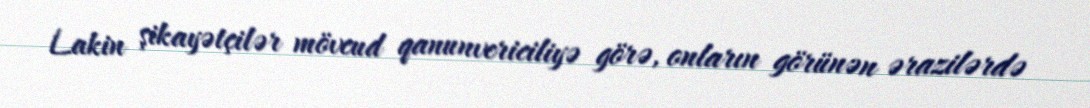
Lakin şikayətçilər mövcud qanunvericiliyə görə, onların görünən ərazilərdə